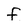
Character: f